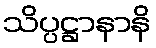
သိပ္ပဋ္ဌာနာနိ